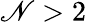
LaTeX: \mathscr{N}>2